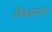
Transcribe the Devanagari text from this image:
लैकाशायर